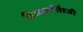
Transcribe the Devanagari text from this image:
हिम्मतसिंहजी